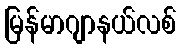
မြန်မာဂျာနယ်လစ်